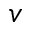
v